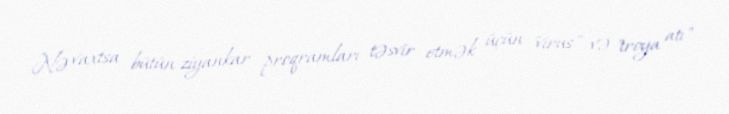
Nə vaxtsa bütün ziyankar proqramları təsvir etmək üçün "virus" və "troya atı"